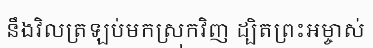
នឹងវិលត្រឡប់មកស្រុកវិញ ដ្បិតព្រះអម្ចាស់